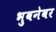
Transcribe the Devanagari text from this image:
भुवनेवर